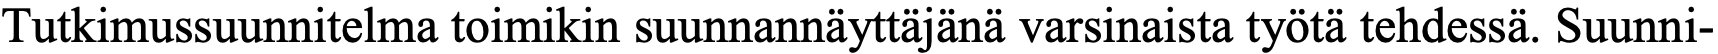
Tutkimussuunnitelma toimikin suunnannäyttäjänä varsinaista työtä tehdessä. Suunni-